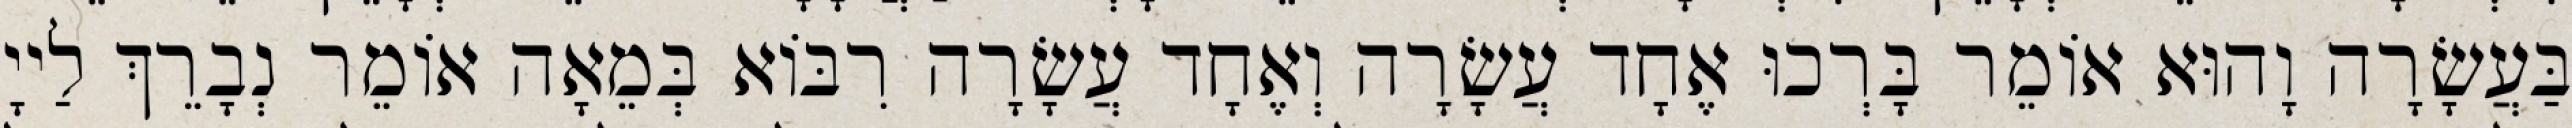
בַּעֲשָׂרָה וָהוּא אוֹמֵר בָּרְכוּ אֶחָד עֲשָׂרָה וְאֶחָד עֲשָׂרָה רִבּוֹא בְּמֵאָה אוֹמֵר נְבָרֵךְ לַייָ